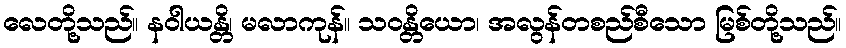
လေတို့သည်။ နဝါယန္တိ၊ မလာကုန်။ သဝန္တိယော၊ အလွန်တစည်စီသော မြစ်တို့သည်။